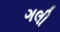
ગલી